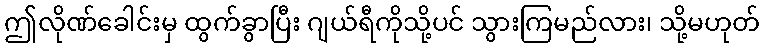
ဤလိုဏ်ခေါင်းမှ ထွက်ခွာပြီး ဂျယ်ရီကိုသို့ပင် သွားကြမည်လား၊ သို့မဟုတ်